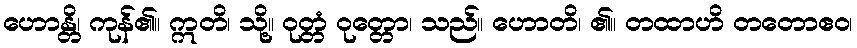
ဟောန္တိ၊ ကုန်၏။ ဣတိ၊ သို့။ ဝုတ္တံ ဝုတ္တော၊ သည်။ ဟောတိ၊ ၏။ တထာဟိ တတောဧဝ၊